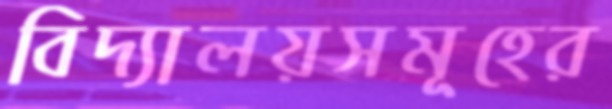
বিদ্যালয়সমূহের